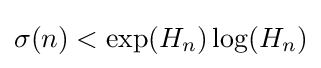
\sigma (n)<\exp(H_{n})\log(H_{n})